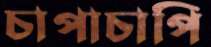
চাপাচাপি